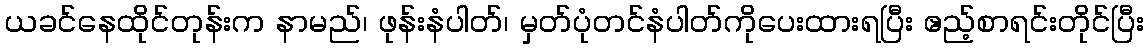
ယခင်နေထိုင်တုန်းက နာမည်၊ ဖုန်းနံပါတ်၊ မှတ်ပုံတင်နံပါတ်ကိုပေးထားရပြီး ဧည့်စာရင်းတိုင်ပြီး